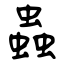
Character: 蟲